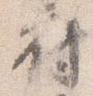
府